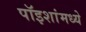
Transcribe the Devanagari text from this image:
पॉइशांमध्ये